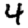
Digit: 4